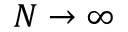
N \to \infty